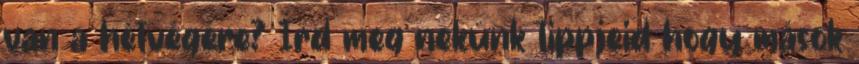
van a hétvégére? Írd meg nekünk tippjeid hogy mások